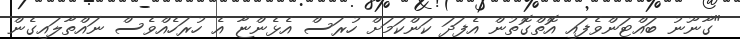
"ގާނޫނު ބައްޓަންވެފައި އޮތްގޮތުން އެފަދަ ކަންކަމަށް ހުރަސް އެޅެންޏާ އެ ހުރަހެއްވެސް ނައްތާލައިގެން